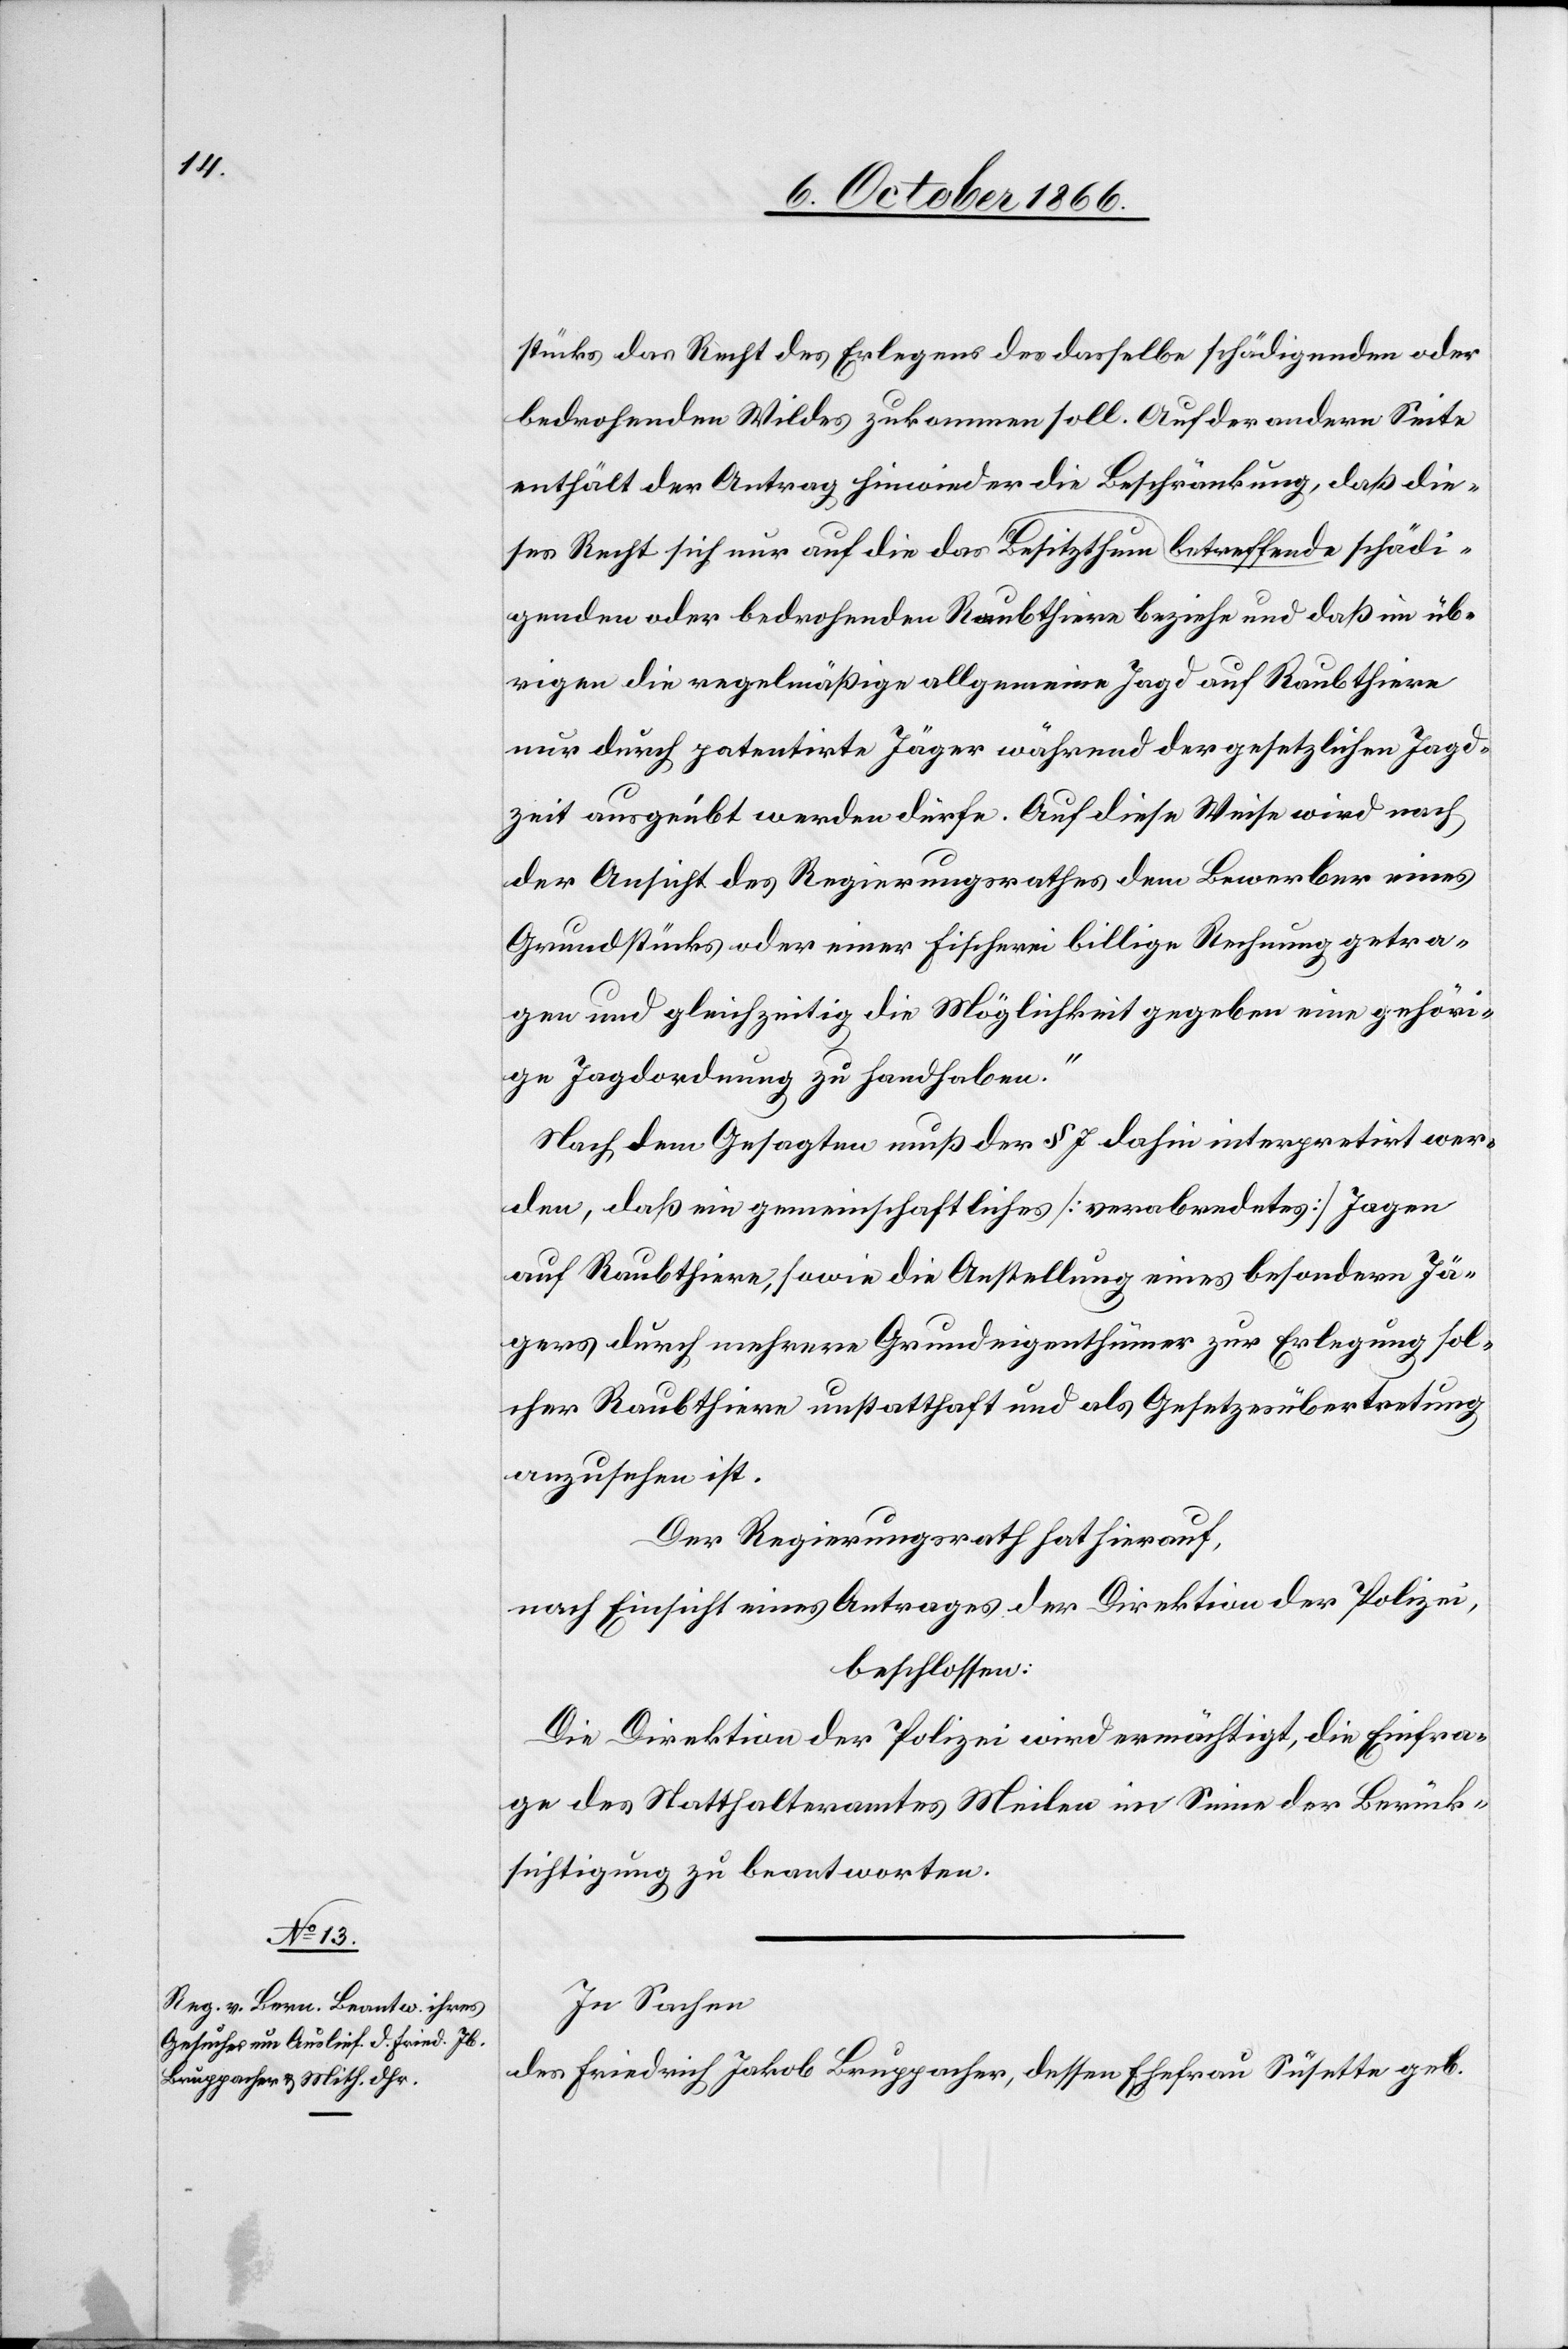
stücks, das Recht des Erlegens des dasselbe schädigenden oder
bedrohenden Wildes zukommen soll. Auf der andern Seite
enthält der Antrag hinwieder die Beschränkung, daß die¬
ses Recht sich nur auf die das betreffende Besitzthum schädi¬
genden oder bedrohenden Raubthiere beziehe und daß im üb¬
rigen die regelmäßige allgemeine Jagd auf Raubthiere
nur durch patentirte Jäger während der gesetzlichen Jagd¬
zeit ausgeübt werden dürfe. Auf diese Weise wird nach
der Ansicht des Regierungsrathes dem Bewerber eines
Grundstücks oder einer Fischerei billige Rechnung getra¬
gen und gleichzeitig die Möglichkeit gegeben eine gehöri¬
ge Jagdordnung zu handhaben.“
Nach dem Gesagten muß der § 7 dahin interpretirt wer¬
den, daß ein gemeinschaftliches [verabredetes] Jagen
auf Raubthiere, sowie die Anstellung eines besondern Jä¬
gers durch mehrere Grundeigenthümer zur Erlegung sol¬
cher Raubthiere unstatthaft und als Gesetzesübertretung
anzusehen ist.
Der Regierungsrath hat hierauf,
nach Einsicht eines Antrages der Direktion der Polizei,
beschlossen:
Die Direktion der Polizei wird ermächtigt, die Einfra¬
ge des Statthalteramtes Meilen im Sinne der Berück¬
sichtigung zu beantworten.
In Sachen
des Friedrich Jakob Bruppacher, dessen Ehefrau Susette geb.